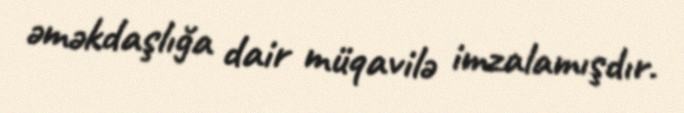
əməkdaşlığa dair müqavilə imzalamışdır.